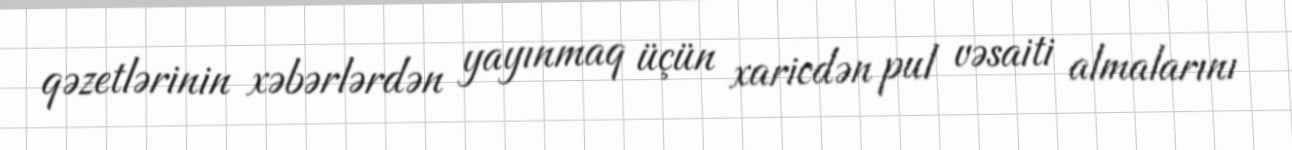
qəzetlərinin xəbərlərdən yayınmaq üçün xaricdən pul vəsaiti almalarını